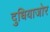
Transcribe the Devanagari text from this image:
दुधियाजोर